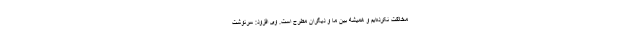
مخالفت نکرده‌ایم و همیشه بین ما و دیگران مطرح است. وی افزود: سرنوشت